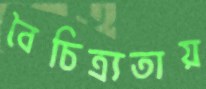
বৈচিত্র্যতায়